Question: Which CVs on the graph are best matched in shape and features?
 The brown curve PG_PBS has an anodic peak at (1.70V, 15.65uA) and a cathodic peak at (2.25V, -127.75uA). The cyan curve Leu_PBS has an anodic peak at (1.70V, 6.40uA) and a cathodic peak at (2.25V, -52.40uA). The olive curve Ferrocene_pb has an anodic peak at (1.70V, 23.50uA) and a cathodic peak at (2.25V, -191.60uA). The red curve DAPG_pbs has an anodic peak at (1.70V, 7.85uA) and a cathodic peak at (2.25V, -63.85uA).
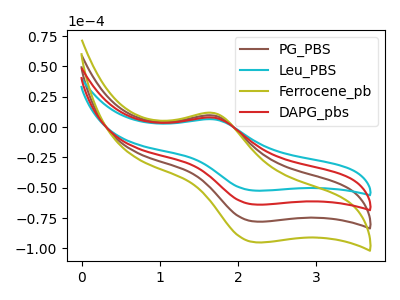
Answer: <think>All the peaks in "PG_PBS" have a peak in "Leu_PBS" at the same potential. Every peak in "PG_PBS" is higher than every peak in "Leu_PBS". All the peaks in "PG_PBS" have a peak in "Ferrocene_pb" at the same potential. Every peak in "PG_PBS" is lower than every peak in "Ferrocene_pb". All the peaks in "PG_PBS" have a peak in "DAPG_pbs" at the same potential. Every peak in "PG_PBS" is higher than every peak in "DAPG_pbs". All the peaks in "Leu_PBS" have a peak in "Ferrocene_pb" at the same potential. Every peak in "Leu_PBS" is lower than every peak in "Ferrocene_pb". All the peaks in "Leu_PBS" have a peak in "DAPG_pbs" at the same potential. Every peak in "Leu_PBS" is lower than every peak in "DAPG_pbs". All the peaks in "Ferrocene_pb" have a peak in "DAPG_pbs" at the same potential. Every peak in "Ferrocene_pb" is higher than every peak in "DAPG_pbs".
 </think>
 <answer>"Leu_PBS", "PG_PBS", "Ferrocene_pb" and "DAPG_pbs" have the same shape and are likely CV's of the same chemical.</answer>
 <eval>"Leu_PBS" "PG_PBS" "Ferrocene_pb" "DAPG_pbs"</eval>